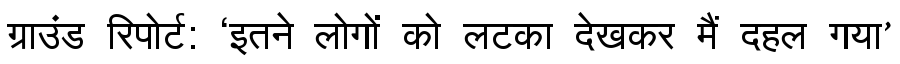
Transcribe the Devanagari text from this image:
ग्राउंड रिपोर्ट: ‘इतने लोगों को लटका देखकर मैं दहल गया’